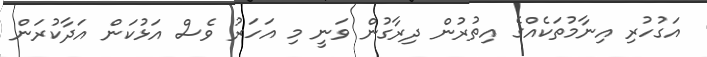
އަގުހުރި އިނާމުތަކެއްގެ އިތުރުން ދިރާގުން ވަނީ މި އަހަރު ވެސް އަޅުކަން އަދާކުރަން